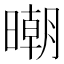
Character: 𣊿